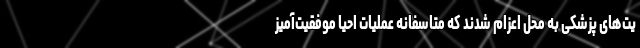
یت‌های پزشکی به محل اعزام شدند که متاسفانه عملیات احیا موفقیت‌آمیز